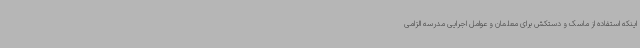
اینکه استفاده از ماسک و دستکش برای معلمان و عوامل اجرایی مدرسه الزامی